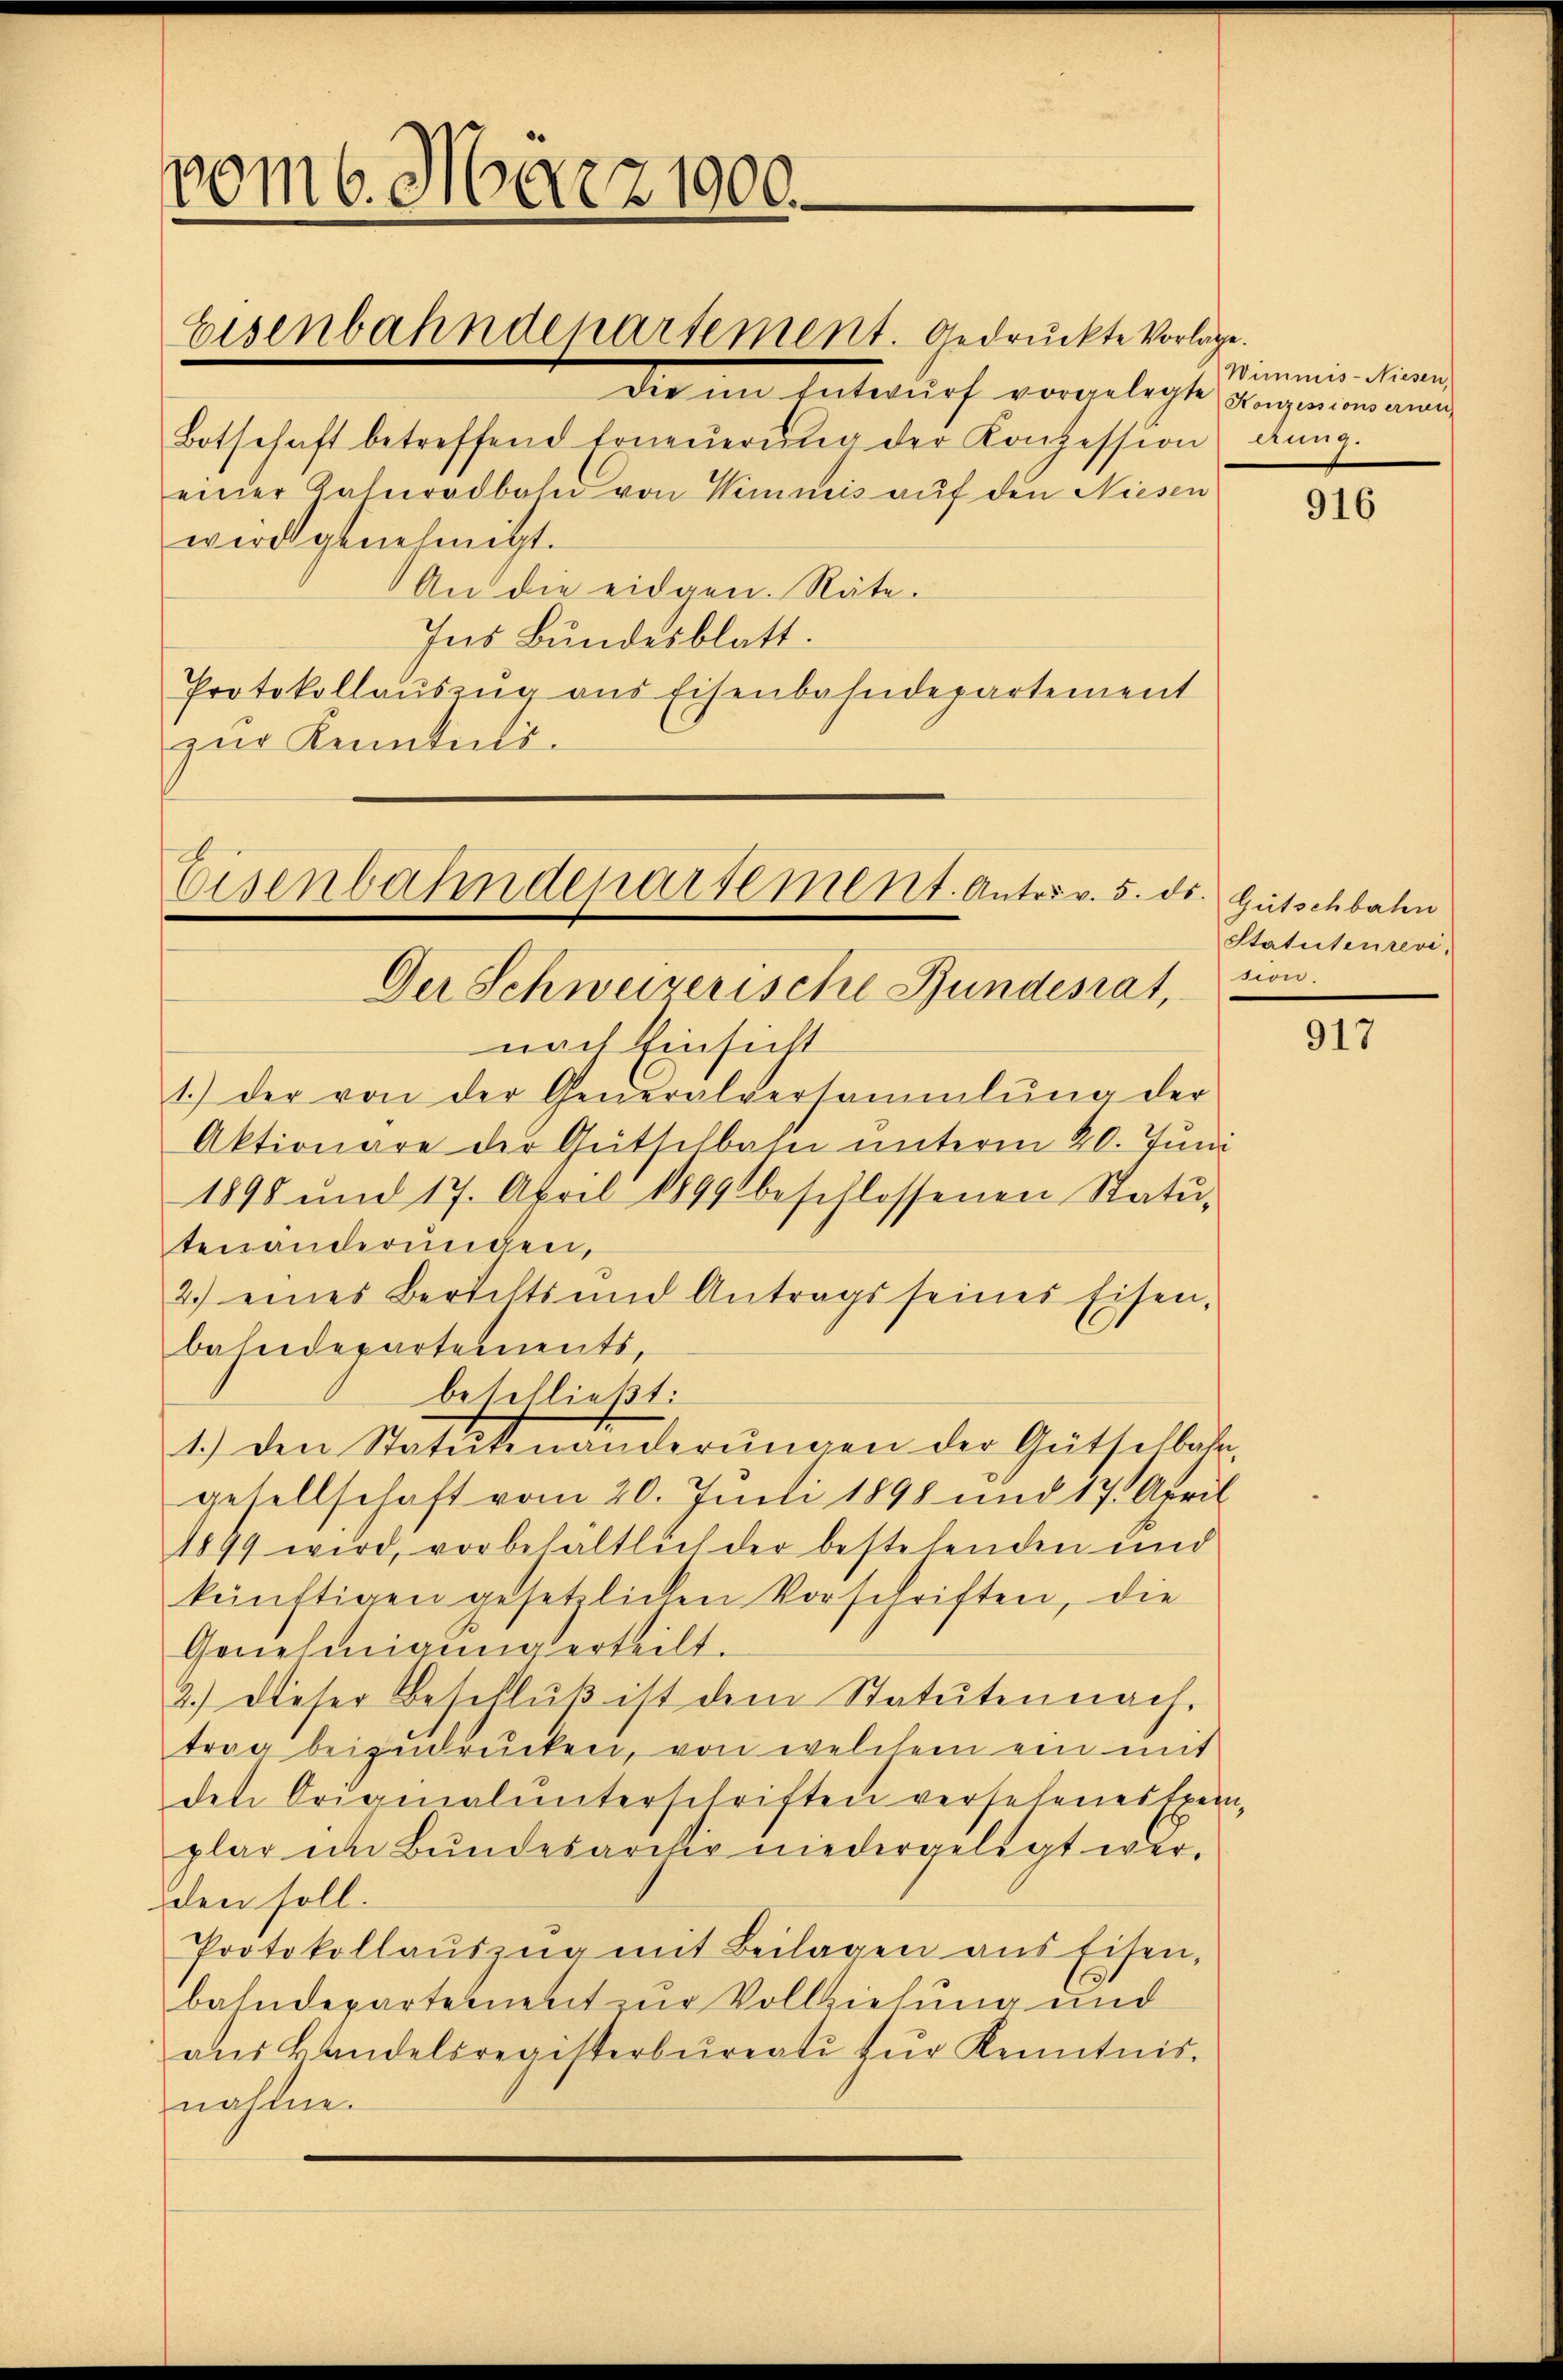
vom 6. März 1900.

Die am Entwurf vorgelegte angenennung
Botschaft betreffend Erneŭerŭng der Konzession dung.
einer Kahnradbahn von Wimnis auf den Niesen
wird genehmigt.
An die eidgen. Räte.
Ins Bundesblatt.
Protokollauszug aus Eisenbahndepartement
zur Kenntni¬

Eisenbahndepartement. Gedruckte Vorlage.

Der Schweizerische Bundesrat,
nach Einsicht
1.) der von der Generalversammlung der
Aktionare der Gütschlafe unterm 20. Juni
1898 und 17. April 1899 beschlossenen Statu-
tenanderŭngen,
2.) eines Bertelts und Antrags seines Eisen-
bahndepartements
beschließt:
1.) Den Statutenänderŭngen der Gütselbahn-
gesellschaft vom 20. Juni 1898 und 17. April
1899 wird, vorbehältlich der bestehenden und
künftigen gesetzlichen Vorschriften, die
Genehmigung ertheilt.
2.) Dieser Beschlŭβ ist dem Statuten nach.
trag beizŭdrücken, von welchem ein mit
den Originalunterschriften versehenes Exemplar in Bŭndesarchiv niedergelegt wer-
den soll.
Protokollaŭszŭg mit Beilagen aus Eisen,
bahndepartement zur Vollziehung und
aŭs Landelsregisterbureati zŭr Kenntnis.
nähme.

Eisenbahndepartement. Antriv. 5. ds. Gutschbaten

Wimmis-Niesen,

916

Statutenrevision.

917